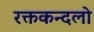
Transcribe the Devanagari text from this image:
रक्तकन्दलो